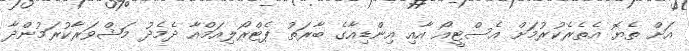
އަށް ތެޔޮ އެތެރެކުރުމަށް އެސްޓީއޯ އާއި އިންޑިއާގެ ބާރަތު ޕެޓްރޯލިއަމްއާ ދެމެދު މަޝްވަރާކުރަމުންދާ